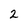
Character: 2